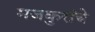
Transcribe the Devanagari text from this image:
मजकुरांचे